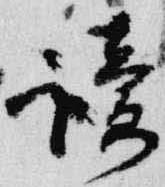
読